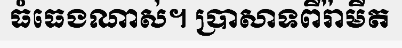
ធំធេងណាស់។ ប្រាសាទពីរ៉ាមីត